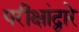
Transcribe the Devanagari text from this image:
परीक्षांद्वारे